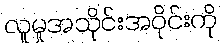
လူမှုအသိုင်းအဝိုင်းကို